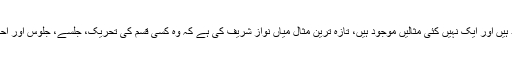
اس کا جواب بھی اسی دانش کے ساتھ دیا جا رہا ہے کہ اس کی مثالیں موجود ہیں اور ایک نہیں کئی مثالیں موجود ہیں، تازہ ترین مثال میاں نواز شریف کی ہے کہ وہ کسی قسم کی تحریک، جلسے، جلوس اور احتجاج کے بغیر نا اہل ہو گئے، صرف نااہل ہی نہیں بلکہ جیل بھی چلے گئے۔